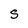
Character: S